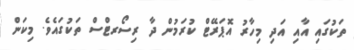
ތަކުގައި އާއި އަދި މިހާރު އޮޕަރޭޓް ކުރަމުން ދާ ރިސޯރޓްސް ތަކުގައެވެ. މިކަން